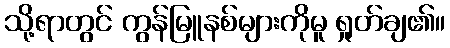
သို့ရာတွင် ကွန်မြူနစ်များကိုမူ ရှုတ်ချ၏။